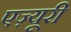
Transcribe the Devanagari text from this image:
एज़्यूरी